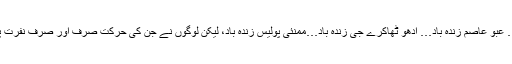
ٹرین کے ڈبے اور باہر سے کچھ لوگوں نے نعرہ لگایا… عبو عاصم زندہ باد… ادھو ٹھاکرے جی زندہ باد…ممنئی پولیس زندہ باد، لیکن لوگوں نے جن کی حرکت صرف اور صرف نفرت پھیلانا ہے، نے کہا کہ پاکستان زندہ باد کے نعرے لگے۔